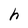
Character: h